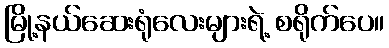
မြို့နယ်ဆေးရုံလေးများရဲ့ စရိုက်ပေ။